Leaving Certificate Examination, 1922
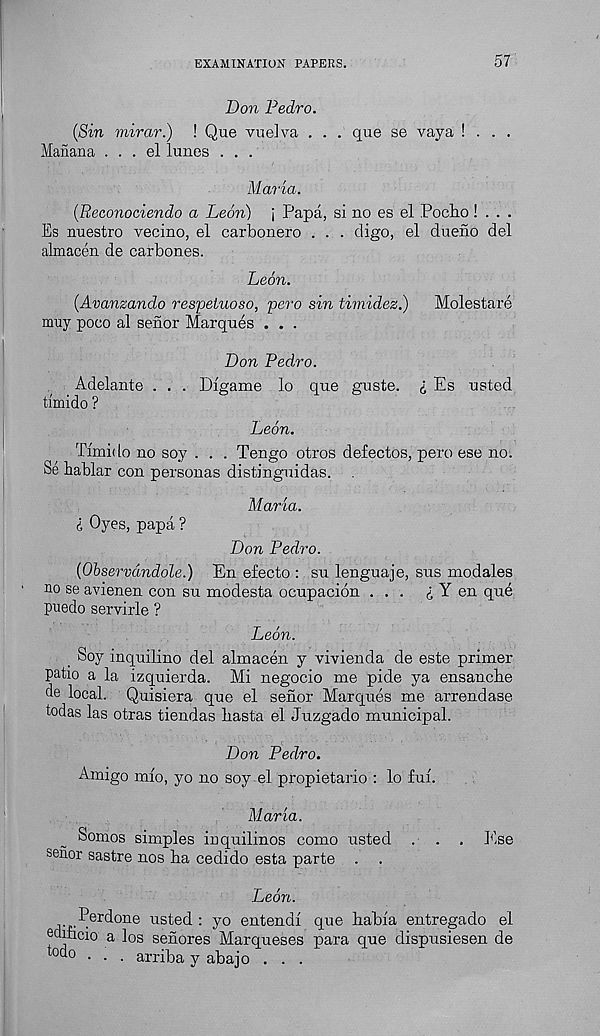
EXAMINATION PAPERS.
57
Don Pedro.
(Sin mirar.) ! Que vuelva . . . que se vaya ! . . .
Manana ... el lunes . . .
Maria.
(Reconociendo a Leon) j Papa, si no es el Poaho! . . .
Es nuestro vecino, el carbonero . . . digo, el dueno del
almacen de carbones.
Leon.
(Avanzando respetuoso, pero sin timidez.)
Molestare
muy poco al senor Marques . . .
Don Pedro.
Adelante . . . Digame lo que guste. i Es usted
timido ?
Leon.
Timido no soy . . . Tengo otros defectos, pero ese no.
Se hablar con personas distingnidas.
Maria.
I Oyes, papa ?
Don Pedro.
(Observdndole.) En efecto : sn lenguaje, sns modales
no se avienen con sn modesta ocupacion ... £ Y en qud
puedo servirle ?
Leon.
, Soy inquilino del almacen y vivienda de este primer
patio a la izquierda. Mi negocio me pide ya ensancbe
de local. Quisiera que el senor Marques me arrendase
todas las otras tiendas liasta el Juzgado municipal.
Don Pedro.
Amigo mio, yo no soy el propietario : lo fuf.
Maria.
Somos simples inquilinos como usted . . . Ese
senor sastre nos ha cedido esta parte
Leon.
Perdone usted : yo entendf que habia entregado el
edmcio a los senores Marqueses para que dispusiesen de
to do . . . arriba y abajo . . .